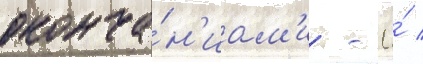
оконча́н'иам'и - ё́ /